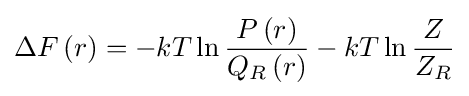
\Delta F\left(r\right)=-kT\ln {\frac {P\left(r\right)}{Q_{R}\left(r\right)}}-kT\ln {\frac {Z}{Z_{R}}}